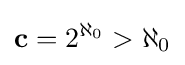
\mathbf {c} =2^{\aleph _{0}}>{\aleph _{0}}